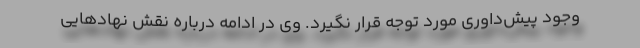
وجود پیش‌داوری مورد توجه قرار نگیرد. وی در ادامه درباره نقش نهادهایی